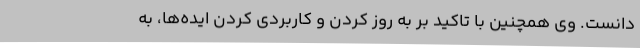
دانست. وی همچنین با تاکید بر به روز کردن و کاربردی کردن ایده‌ها، به